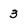
Character: 3